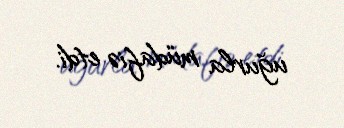
uğurla müdafiə etdi.